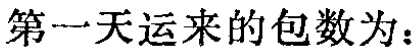
第一天运来的包数为：